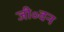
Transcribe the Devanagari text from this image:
जी॰वन